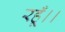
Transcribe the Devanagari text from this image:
रहूँ।।